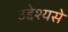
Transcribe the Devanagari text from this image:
उद्देश्यसे